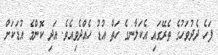
ފަހެ ދެދުވަހުގެ ތެރޭގައި އެކަލާނގެ ހަތް އުޑު ހެއްދެވިއެވެ. އަދި ކޮންމެ އުޑަކަށް